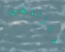
ياإللهي